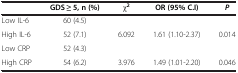
<table><thead><tr><td><b> </b></td><td><b>GDS ≥ 5, n (%)</b></td><td><b>χ<sup>2</sup></b></td><td><b>OR (95% C.I)</b></td><td><b><i>P</i></b></td></tr></thead><tbody><tr><td>Low IL-6</td><td>60 (4.5)</td><td> </td><td> </td><td> </td></tr><tr><td>High IL-6</td><td>52 (7.1)</td><td>6.092</td><td>1.61 (1.10-2.37)</td><td>0.014</td></tr><tr><td>Low CRP</td><td>52 (4.3)</td><td> </td><td> </td><td> </td></tr><tr><td>High CRP</td><td>54 (6.2)</td><td>3.976</td><td>1.49 (1.01-2.20)</td><td>0.046</td></tr></tbody></table>